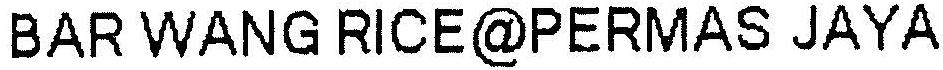
BAR WANG RICE@PERMAS JAYA